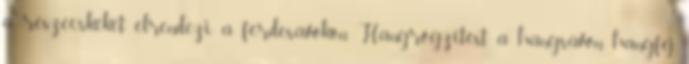
a részecskéket elrendezi a ferdesávokon Hangrögzítést a hangsávon hangfej